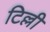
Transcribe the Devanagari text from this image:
टिल्ली